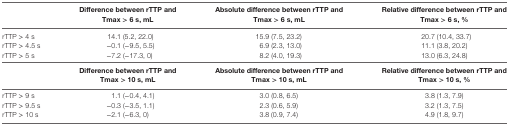
<table><thead><tr><td></td><td><b>Difference between rTTP and Tmax &gt; 6 s, mL</b></td><td><b>Absolute difference between rTTP and Tmax &gt; 6 s, mL</b></td><td><b>Relative difference between rTTP and Tmax &gt; 6 s, %</b></td></tr></thead><tbody><tr><td>rTTP &gt; 4 s</td><td>14.1 (5.2, 22.0)</td><td>15.9 (7.5, 23.2)</td><td>20.7 (10.4, 33.7)</td></tr><tr><td>rTTP &gt; 4.5 s</td><td>−0.1 (−9.5, 5.5)</td><td>6.9 (2.3, 13.0)</td><td>11.1 (3.8, 20.2)</td></tr><tr><td>rTTP &gt; 5 s</td><td>−7.2 (−17.3, 0)</td><td>8.2 (4.0, 19.3)</td><td>13.0 (6.3, 24.8)</td></tr><tr><td></td><td><b>Difference between rTTP and Tmax &gt; 10 s, mL</b></td><td><b>Absolute difference between rTTP and Tmax &gt; 10 s, mL</b></td><td><b>Relative difference between rTTP and Tmax &gt; 10 s, %</b></td></tr><tr><td>rTTP &gt; 9 s</td><td>1.1 (−0.4, 4.1)</td><td>3.0 (0.8, 6.5)</td><td>3.8 (1.3, 7.9)</td></tr><tr><td>rTTP &gt; 9.5 s</td><td>−0.3 (−3.5, 1.1)</td><td>2.3 (0.6, 5.9)</td><td>3.2 (1.3, 7.5)</td></tr><tr><td>rTTP &gt; 10 s</td><td>−2.1 (−6.3, 0)</td><td>3.8 (0.9, 7.4)</td><td>4.9 (1.8, 9.7)</td></tr></tbody></table>